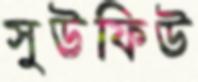
সুউফিউ